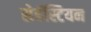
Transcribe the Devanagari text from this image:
सेबॅस्टियन